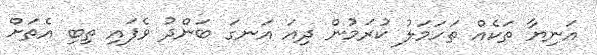
އަނިޔާ ތަކެއް ތަހަމަލު ކުރަމުން ދިއަ އަނގަ ބަންދު ވެފައި ތިބި އެތަށް